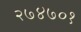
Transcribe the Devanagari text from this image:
२७४७०१